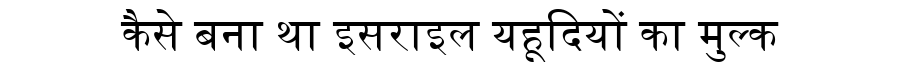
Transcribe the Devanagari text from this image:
कैसे बना था इसराइल यहूदियों का मुल्क